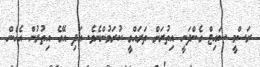
ރަސްމީ ސައިޓް ގެންދަނީ އިތުރަށް ތަރައްގީ ކުރަމުންނެވެ. އަދި އޭގެ އިތުރުން އެހެން